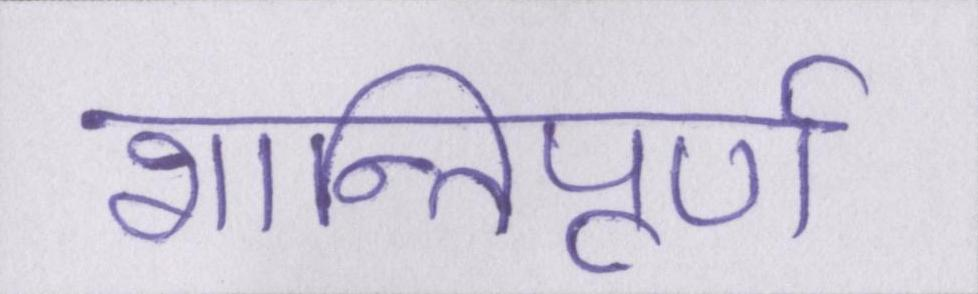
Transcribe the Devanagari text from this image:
शान्तिपूर्ण